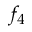
f _ { 4 }